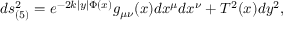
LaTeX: d s _ { ( 5 ) } ^ { 2 } = e ^ { - 2 k | y | \Phi ( x ) } g _ { \mu \nu } ( x ) d x ^ { \mu } d x ^ { \nu } + T ^ { 2 } ( x ) d y ^ { 2 } ,